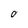
Character: 0